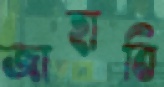
জাহাবি